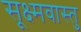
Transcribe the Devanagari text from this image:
सूक्ष्मवास्तु